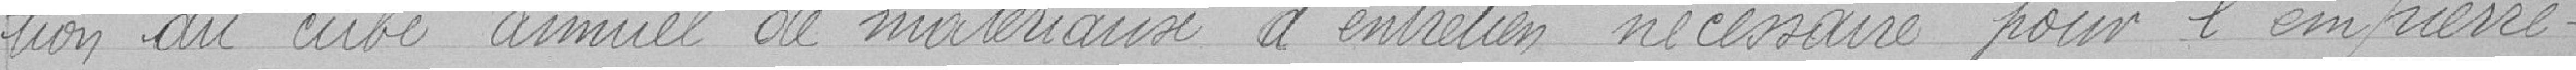
tion du cube annuel de matériaux d'entretien nécessaire pour l'empierre-